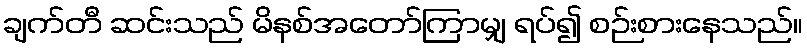
ချက်တီ ဆင်းသည် မိနစ်အတော်ကြာမျှ ရပ်၍ စဉ်းစားနေသည်။